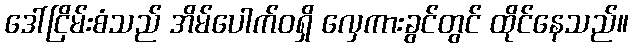
ဒေါ်ငြိမ်းစံသည် အိမ်ပေါက်ဝရှိ လှေကားခွင်တွင် ထိုင်နေသည်။